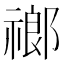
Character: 𬓌